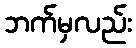
ဘက်မှလည်း